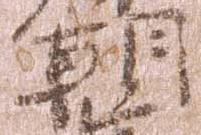
朝